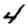
Digit: 4